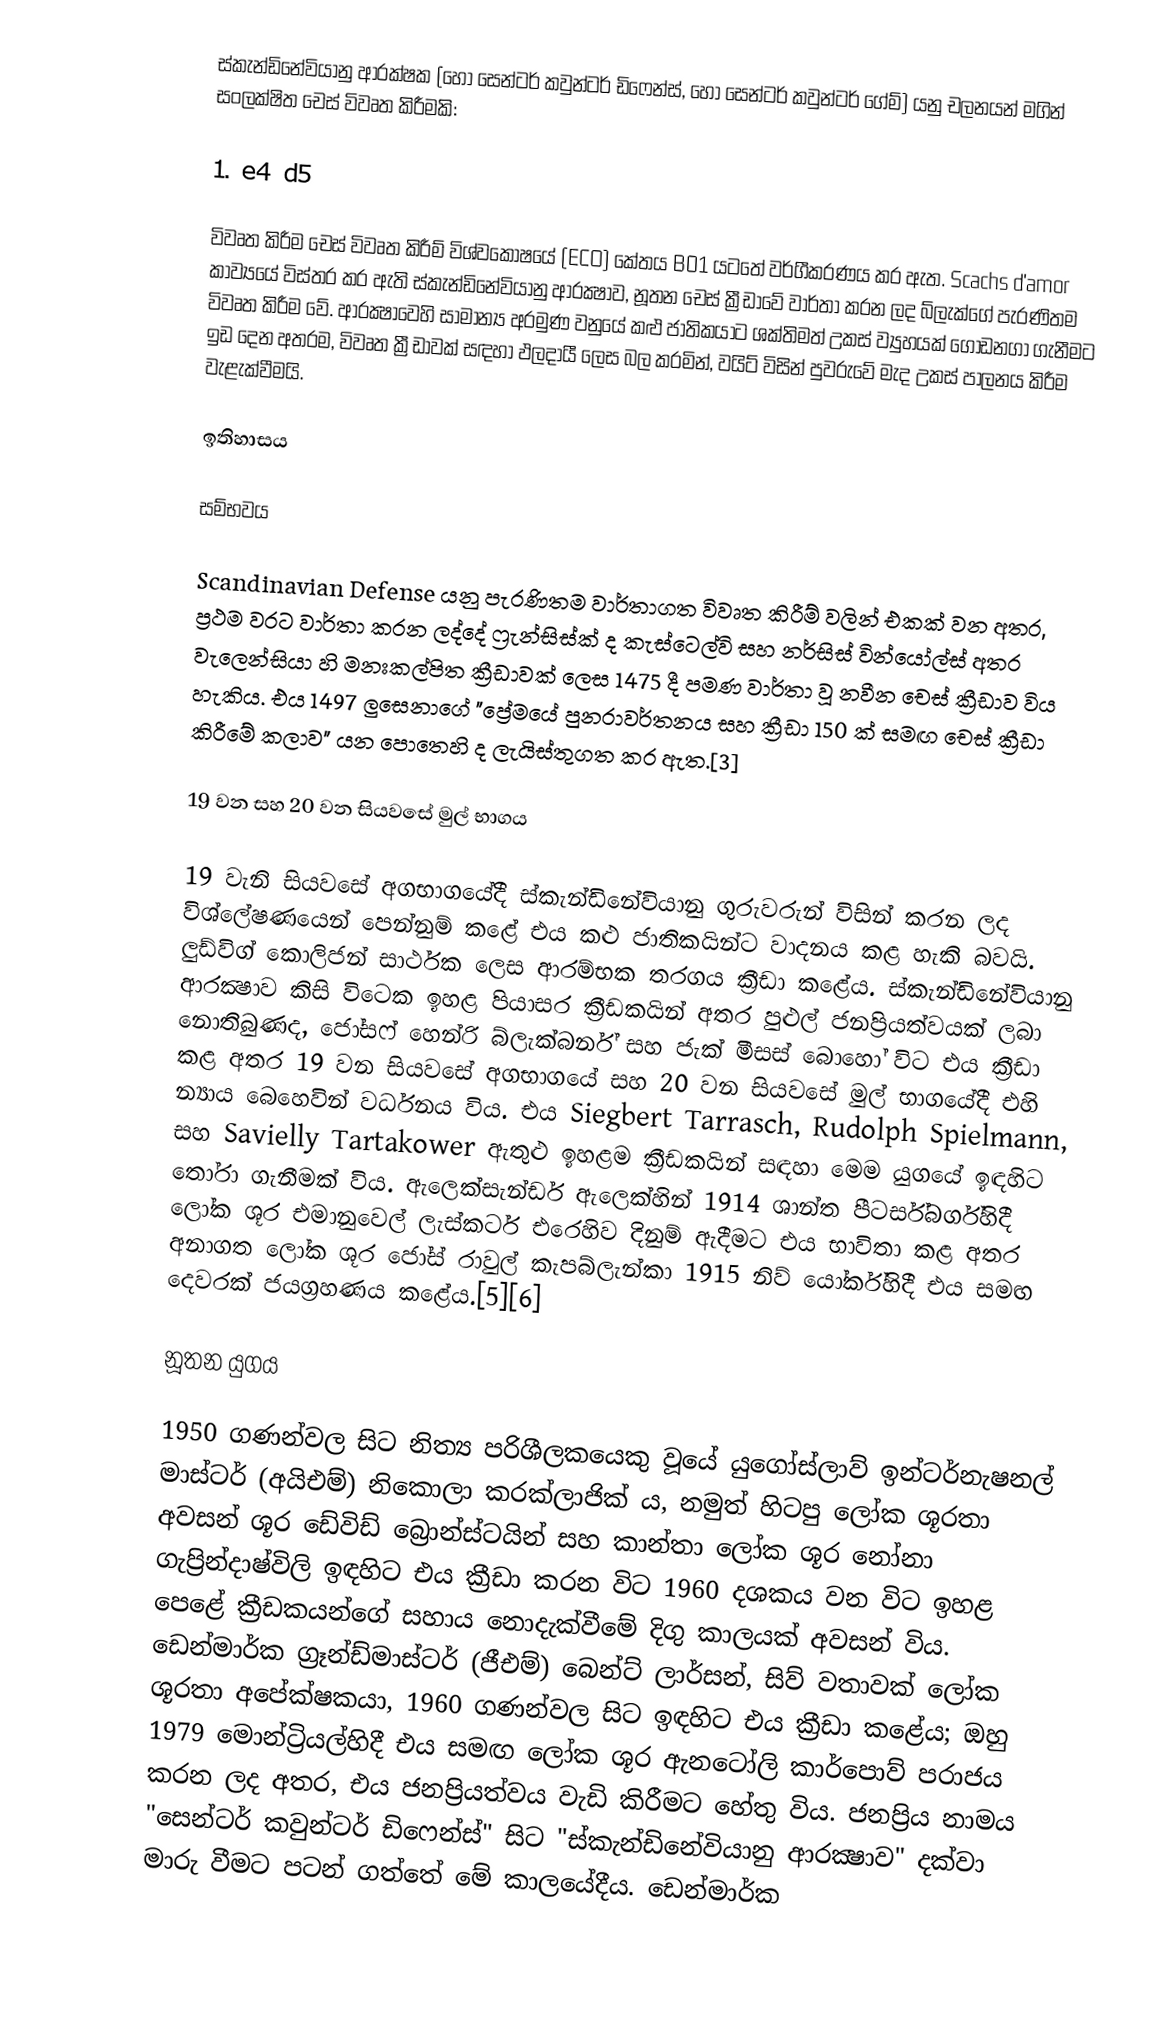
ස්කැන්ඩිනේවියානු ආරක්ෂක (හෝ සෙන්ටර් කවුන්ටර් ඩිෆෙන්ස්, හෝ සෙන්ටර් කවුන්ටර් ගේම්) යනු චලනයන් මගින් සංලක්ෂිත චෙස් විවෘත කිරීමකි:

1. e4 d5

විවෘත කිරීම චෙස් විවෘත කිරීම් විශ්වකෝෂයේ (ECO) කේතය B01 යටතේ වර්ගීකරණය කර ඇත. Scachs d'amor කාව්‍යයේ විස්තර කර ඇති ස්කැන්ඩිනේවියානු ආරක්‍ෂාව, නූතන චෙස් ක්‍රීඩාවේ වාර්තා කරන ලද බ්ලැක්ගේ පැරණිතම විවෘත කිරීම වේ. ආරක්‍ෂාවෙහි සාමාන්‍ය අරමුණ වනුයේ කළු ජාතිකයාට ශක්තිමත් උකස් ව්‍යුහයක් ගොඩනගා ගැනීමට ඉඩ දෙන අතරම, විවෘත ක්‍රීඩාවක් සඳහා ඵලදායී ලෙස බල කරමින්, වයිට් විසින් පුවරුවේ මැද උකස් පාලනය කිරීම වැළැක්වීමයි.

ඉතිහාසය

සම්භවය

Scandinavian Defense යනු පැරණිතම වාර්තාගත විවෘත කිරීම් වලින් එකක් වන අතර, ප්‍රථම වරට වාර්තා කරන ලද්දේ ෆ්‍රැන්සිස්ක් ද කැස්ටෙල්වි සහ නර්සිස් වින්යෝල්ස් අතර වැලෙන්සියා හි මනඃකල්පිත ක්‍රීඩාවක් ලෙස 1475 දී පමණ වාර්තා වූ නවීන චෙස් ක්‍රීඩාව විය හැකිය. එය 1497 ලුසෙනාගේ "ප්‍රේමයේ පුනරාවර්තනය සහ ක්‍රීඩා 150 ක් සමඟ චෙස් ක්‍රීඩා කිරීමේ කලාව" යන පොතෙහි ද ලැයිස්තුගත කර ඇත.[3]

19 වන සහ 20 වන සියවසේ මුල් භාගය

19 වැනි සියවසේ අගභාගයේදී ස්කැන්ඩිනේවියානු ගුරුවරුන් විසින් කරන ලද විශ්ලේෂණයෙන් පෙන්නුම් කළේ එය කළු ජාතිකයින්ට වාදනය කළ හැකි බවයි. ලුඩ්විග් කොලිජන් සාර්ථක ලෙස ආරම්භක තරගය ක්‍රීඩා කළේය. ස්කැන්ඩිනේවියානු ආරක්‍ෂාව කිසි විටෙක ඉහළ පියාසර ක්‍රීඩකයින් අතර පුළුල් ජනප්‍රියත්වයක් ලබා නොතිබුණද, ජෝසෆ් හෙන්රි බ්ලැක්බර්න් සහ ජැක් මීසස් බොහෝ විට එය ක්‍රීඩා කළ අතර 19 වන සියවසේ අගභාගයේ සහ 20 වන සියවසේ මුල් භාගයේදී එහි න්‍යාය බෙහෙවින් වර්ධනය විය. එය Siegbert Tarrasch, Rudolph Spielmann, සහ Savielly Tartakower ඇතුළු ඉහළම ක්‍රීඩකයින් සඳහා මෙම යුගයේ ඉඳහිට තෝරා ගැනීමක් විය. ඇලෙක්සැන්ඩර් ඇලෙක්හින් 1914 ශාන්ත පීටර්ස්බර්ග්හිදී ලෝක ශූර එමානුවෙල් ලැස්කර්ට එරෙහිව දිනුම් ඇදීමට එය භාවිතා කළ අතර අනාගත ලෝක ශූර ජෝස් රාවුල් කැපබ්ලැන්කා 1915 නිව් යෝර්ක්හිදී එය සමඟ දෙවරක් ජයග්‍රහණය කළේය.[5][6]

නූතන යුගය

1950 ගණන්වල සිට නිත්‍ය පරිශීලකයෙකු වූයේ යුගෝස්ලාව් ඉන්ටර්නැෂනල් මාස්ටර් (අයිඑම්) නිකොලා කරක්ලාජික් ය, නමුත් හිටපු ලෝක ශූරතා අවසන් ශූර ඩේවිඩ් බ්‍රොන්ස්ටයින් සහ කාන්තා ලෝක ශූර නෝනා ගැප්‍රින්දාෂ්විලි ඉඳහිට එය ක්‍රීඩා කරන විට 1960 දශකය වන විට ඉහළ පෙළේ ක්‍රීඩකයන්ගේ සහාය නොදැක්වීමේ දිගු කාලයක් අවසන් විය. ඩෙන්මාර්ක ග්‍රෑන්ඩ්මාස්ටර් (ජීඑම්) බෙන්ට් ලාර්සන්, සිව් වතාවක් ලෝක ශූරතා අපේක්ෂකයා, 1960 ගණන්වල සිට ඉඳහිට එය ක්‍රීඩා කළේය; ඔහු 1979 මොන්ට්‍රියල්හිදී එය සමඟ ලෝක ශූර ඇනටෝලි කාර්පොව් පරාජය කරන ලද අතර, එය ජනප්‍රියත්වය වැඩි කිරීමට හේතු විය. ජනප්‍රිය නාමය "සෙන්ටර් කවුන්ටර් ඩිෆෙන්ස්" සිට "ස්කැන්ඩිනේවියානු ආරක්‍ෂාව" දක්වා මාරු වීමට පටන් ගත්තේ මේ කාලයේදීය. ඩෙන්මාර්ක